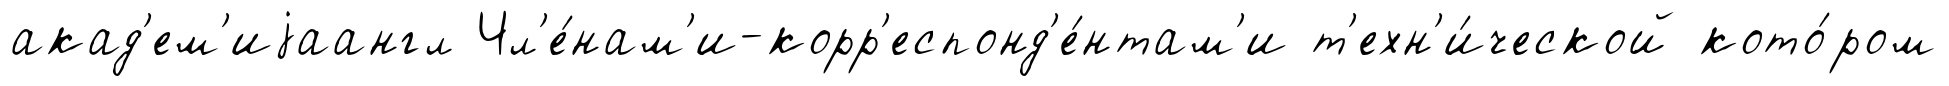
акад'ем'иjаангл Чл'е́нам'и-корр'еспонд'е́нтам'и т'ехн'и́ческой кото́ром